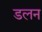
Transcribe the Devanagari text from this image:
डलन